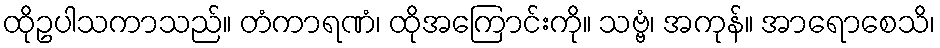
ထိုဥပါသကာသည်။ တံကာရဏံ၊ ထိုအကြောင်းကို။ သဗ္ဗံ၊ အကုန်။ အာရောစေသိ၊